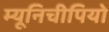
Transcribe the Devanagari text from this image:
म्यूनिचीपियो